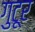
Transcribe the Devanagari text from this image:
गुटूर